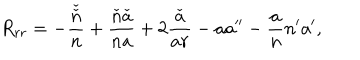
LaTeX: R _ { r r } = - \frac { \check { \check { n } } } { n } + \frac { \check { n } \check { a } } { n a } + 2 \frac { \check { a } } { a r } - a a ^ { \prime \prime } - \frac { a } { n } n ^ { \prime } a ^ { \prime } ,